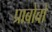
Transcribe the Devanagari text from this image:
प्राबोवो